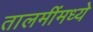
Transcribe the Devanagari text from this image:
तालमींमध्ये